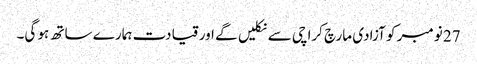
27 نومبر کو آزادی مارچ کراچی سے نکلیں گے اور قیادت ہمارے ساتھ ہو گی۔